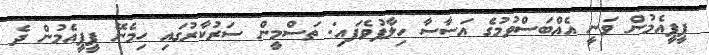
ޕީޕީއެމުން ވަނީ އެއްބަސްވުމުގެ އަސާސާ ހިލާފުވެފައި: ތަސްމީން ސަރުކާރުގައި ހިމެނޭ ޕީޕީއެމުން ދެ